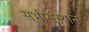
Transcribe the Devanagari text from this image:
सभीसंस्थान